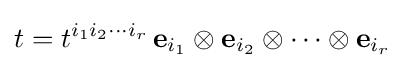
t=t^{i_{1}i_{2}\cdots i_{r}}\,{\mathbf {e} }_{i_{1}}\otimes {\mathbf {e} }_{i_{2}}\otimes \cdots \otimes {\mathbf {e} }_{i_{r}}